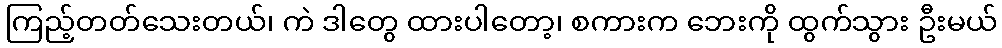
ကြည့်တတ်သေးတယ်၊ ကဲ ဒါတွေ ထားပါတော့၊ စကားက ဘေးကို ထွက်သွား ဦးမယ်